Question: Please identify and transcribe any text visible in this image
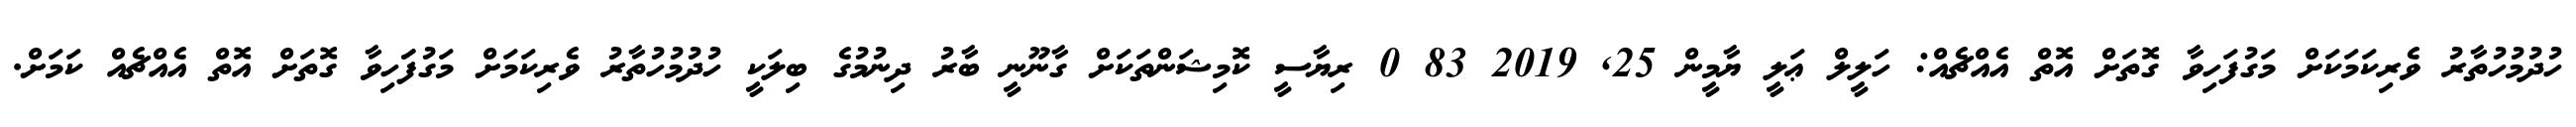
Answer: ހުދުމުހުތާރު ވެރިކަމަކަށް މަގުފަހިވާ ގޮތަށް އޮތް އެއްޗެއް: ހަލީލް ޢަލީ ޔާމީން 25, 2019 83 0 ރިޔާސީ ކޮމިޝަންތަކަށް ގާނޫނީ ބާރު ދިނުމުގެ ބިލަކީ ހުދުމުހުތާރު ވެރިކަމަށް މަގުފަަހިވާ ގޮތަށް އޮތް އެއްޗެއް ކަމަށް.